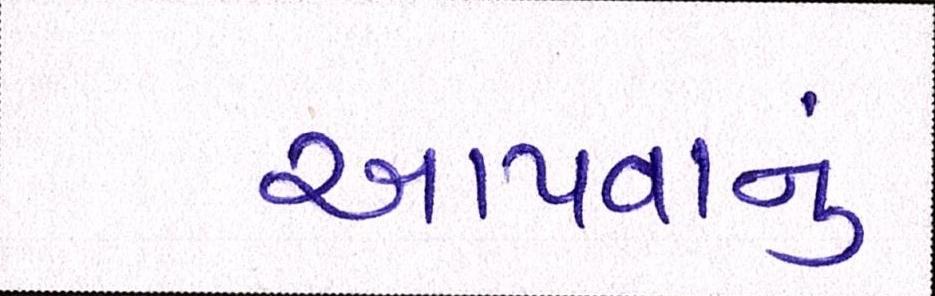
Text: આપવાનું